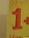
1